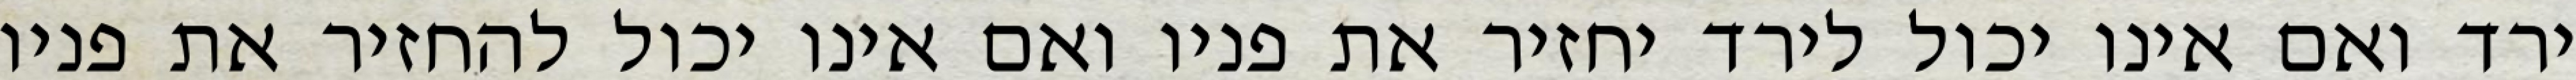
ירד ואם אינו יכול לירד יחזיר את פניו ואם אינו יכול להחזיר את פניו